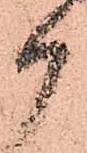
御